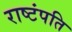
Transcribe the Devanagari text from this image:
राष्टंपति